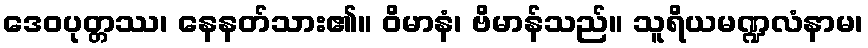
ဒေဝပုတ္တဿ၊ နေနတ်သား၏။ ဝိမာနံ၊ ဗိမာန်သည်။ သူရိယမဏ္ဍလံနာမ၊